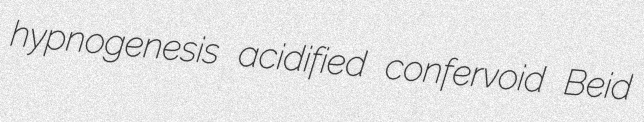
hypnogenesis acidified confervoid Beid